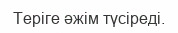
Теріге әжім түсіреді.